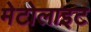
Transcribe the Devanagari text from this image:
मेटोलाइट